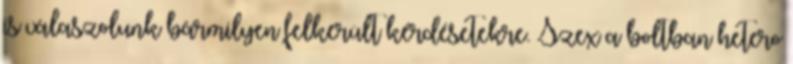
is válaszolunk bármilyen felkerült kérdésetekre. Szex a boltban hetero